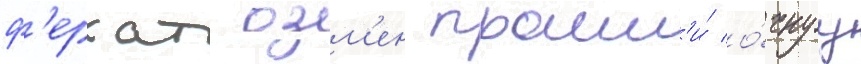
ф'ерхат озм'ен прошл'и́ о́чнуу